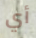
أي